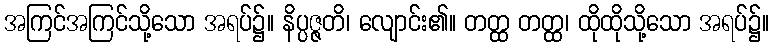
အကြင်အကြင်သို့သော အရပ်၌။ နိပ္ပဇ္ဇတိ၊ လျောင်း၏။ တတ္ထ တတ္ထ၊ ထိုထိုသို့သော အရပ်၌။